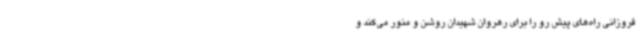
فروزانی راه‌های پیش رو را برای رهروان شهیدان روشن و منور می‌کند و